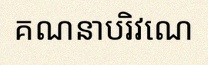
គណនាបរិវេណ